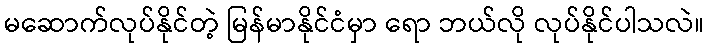
မဆောက်လုပ်နိုင်တဲ့ မြန်မာနိုင်ငံမှာ ရော ဘယ်လို လုပ်နိုင်ပါသလဲ။